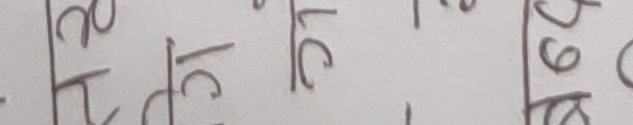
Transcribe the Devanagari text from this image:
र
दृ
कृ
पृ
६ ग